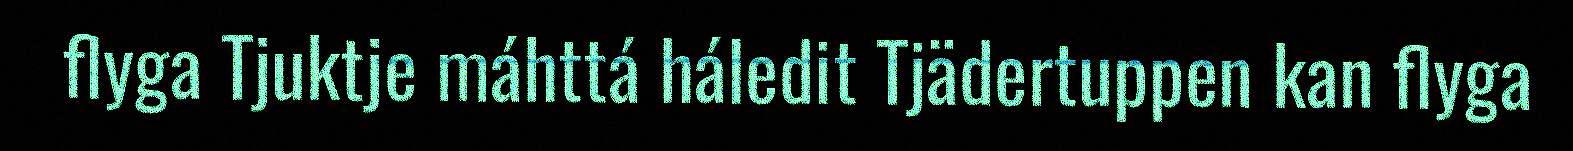
flyga Tjuktje máhttá háledit Tjädertuppen kan flyga